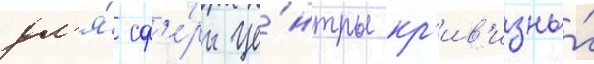
дл'я́ сф'е́ры це́нтры кр'ив'изны́